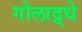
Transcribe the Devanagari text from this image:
गोलाद्र्धे